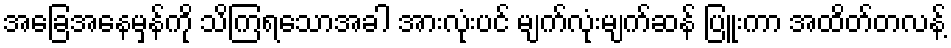
အခြေအနေမှန်ကို သိကြရသောအခါ အားလုံးပင် မျက်လုံးမျက်ဆန် ပြူးကာ အထိတ်တလန့်